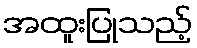
အထူးပြုသည့်